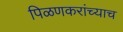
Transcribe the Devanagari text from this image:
पिळणकरांच्याच